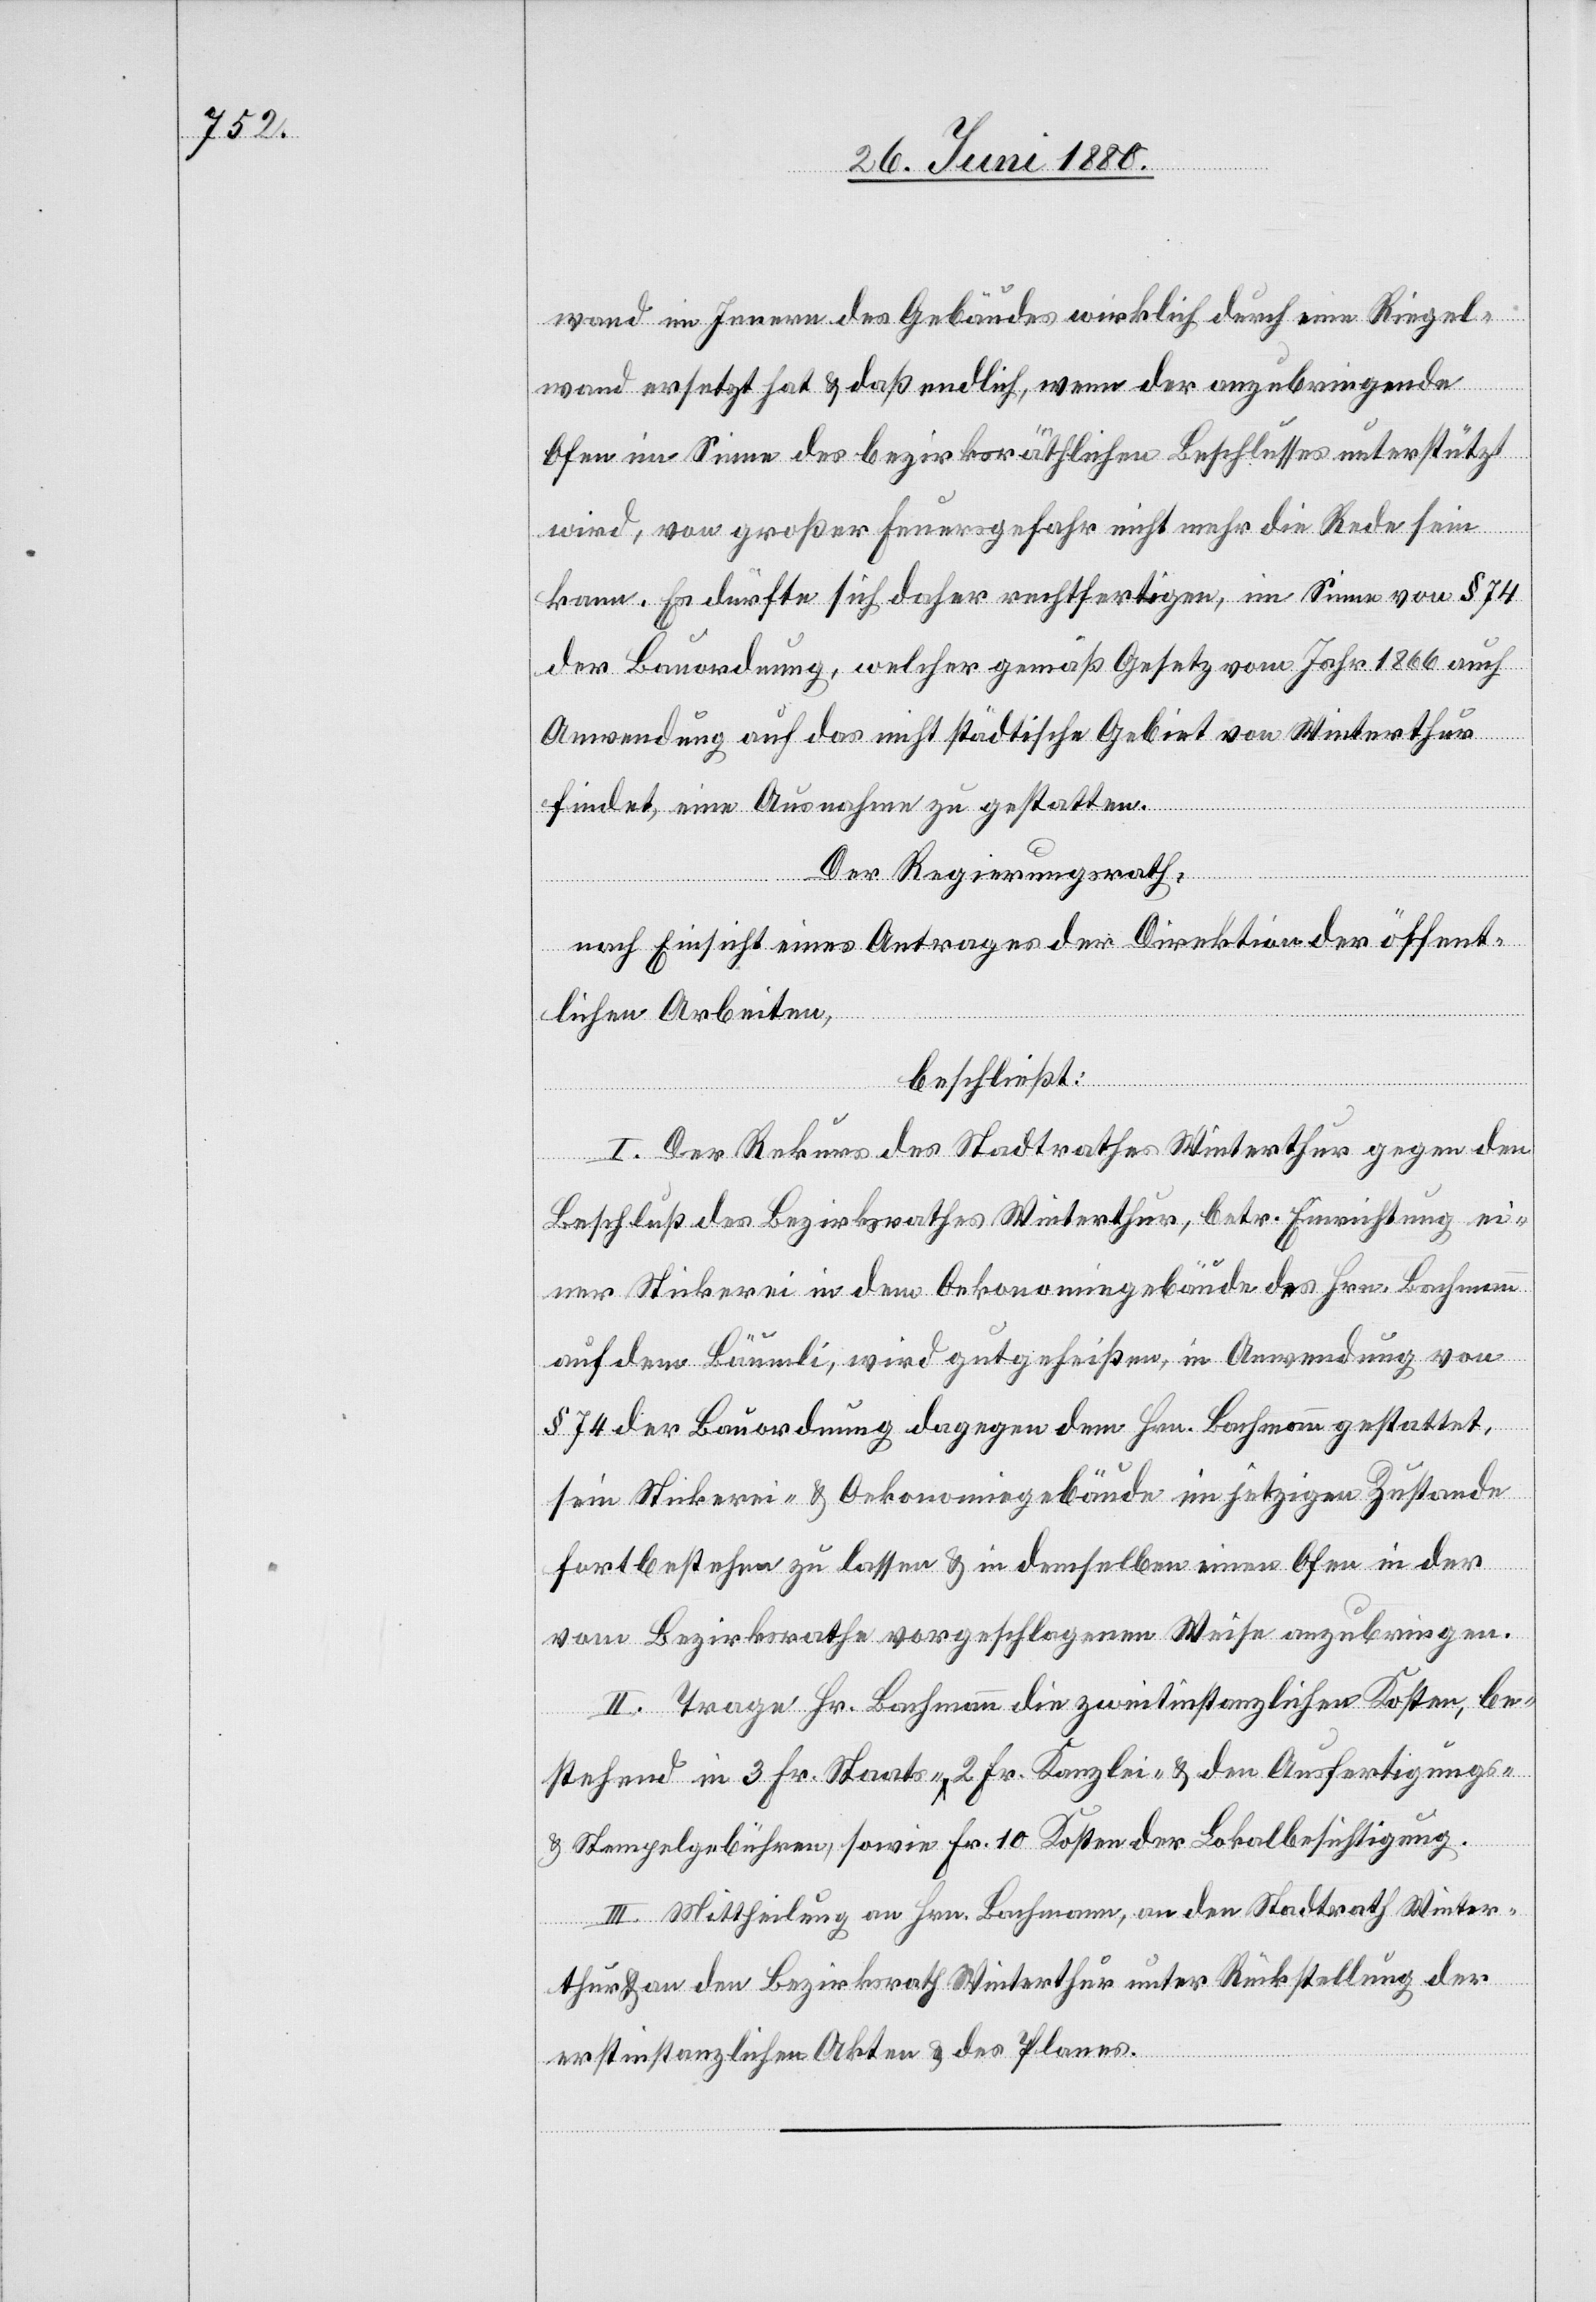
wand im Innern des Gebäudes wirklich durch eine Riegel¬
wand ersetzt hat & daß endlich, wenn der anzubringende
Ofen im Sinne des bezirksräthlichen Beschlusses unterstützt
wird, von großer Feuergefahr nicht mehr die Rede sein
kann. Es dürfte sich daher rechtfertigen, im Sinne von § 74
der Bauordnung, welcher gemäß Gesetz vom Jahr 1866 auch
Anwendung auf das nicht städtische Gebiet von Winterthur
findet, eine Ausnahme zu gestatten.
Der Regierungsrath,
nach Einsicht eines Antrages der Direktion der öffent¬
lichen Arbeiten,
beschließt:
I. Der Rekurs des Stadtrathes Winterthur gegen den
Beschluß des Bezirksrathes Winterthur, betr. Einrichtung ei¬
ner Stickerei in dem Oekonomiegebäude des Hrn. Bachmann
auf dem Bäumli, wird gutgeheißen, in Anwendung von
§ 74 der Bauordnung dagegen dem Hrn. Bachmann gestattet,
sein Stickerei- & Oekonomiegebäude im jetzigen Zustande
fortbestehen zu lassen & in demselben einen Ofen in der
vom Bezirksrathe vorgeschlagenen Weise anzubringen.
II. Trage Hr. Bachmann die zweitinstanzlichen Kosten, be¬
stehend in 3 Fr. Staats-, 2 Fr. Kanzlei- & den Ausfertigungs-
& Stempelgebühren, sowie Fr. 10 Kosten der Lokalbesichtigung.
III. Mittheilung an Hrn. Bachmann, an den Stadtrath Winter¬
thur & an den Bezirksrath Winterthur unter Rückstellung der
erstinstanzlichen Akten & des Planes.